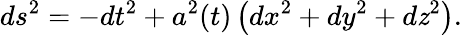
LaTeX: ds^{2}=-dt^{2}+a^{2}(t)\left(dx^{2}+dy^{2}+d\mathit{z}^{2}\right).